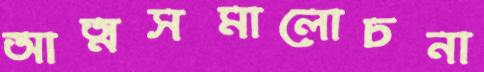
আত্মসমালোচনা